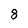
Character: 8